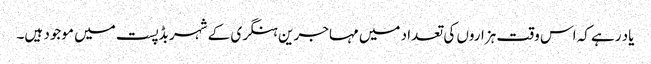
یاد رہے کہ اس وقت ہزاروں کی تعداد میں مہاجرین ہنگری کے شہر بڈپست میں موجود ہیں۔